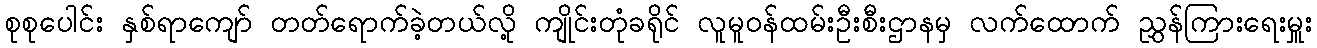
စုစုပေါင်း နှစ်ရာကျော် တတ်ရောက်ခဲ့တယ်လို့ ကျိုင်းတုံခရိုင် လူမူဝန်ထမ်းဦးစီးဌာနမှ လက်ထောက် ညွှန်ကြားရေးမှူး